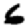
Digit: 6